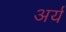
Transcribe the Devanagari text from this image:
अर्य